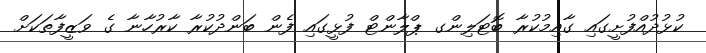
ކުޅުދުއްފުށީގައި ގާއިމުކުރާ ބޮޓަލިންގ ޕްލާންޓް ފުޅީގައި ފެން ބަންދުކުރާ ކާރުހާނާ ގެ ވަޒީފާތަކަށް